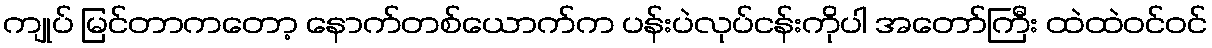
ကျုပ် မြင်တာကတော့ နောက်တစ်ယောက်က ပန်းပဲလုပ်ငန်းကိုပါ အတော်ကြီး ထဲထဲဝင်ဝင်